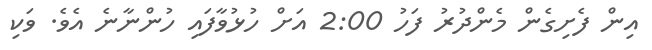
އިން ފެށިގެން މެންދުރު ފަހު 2:00 އަށް ހުޅުވާފައި ހުންނާނެ އެވެ. ވަކި